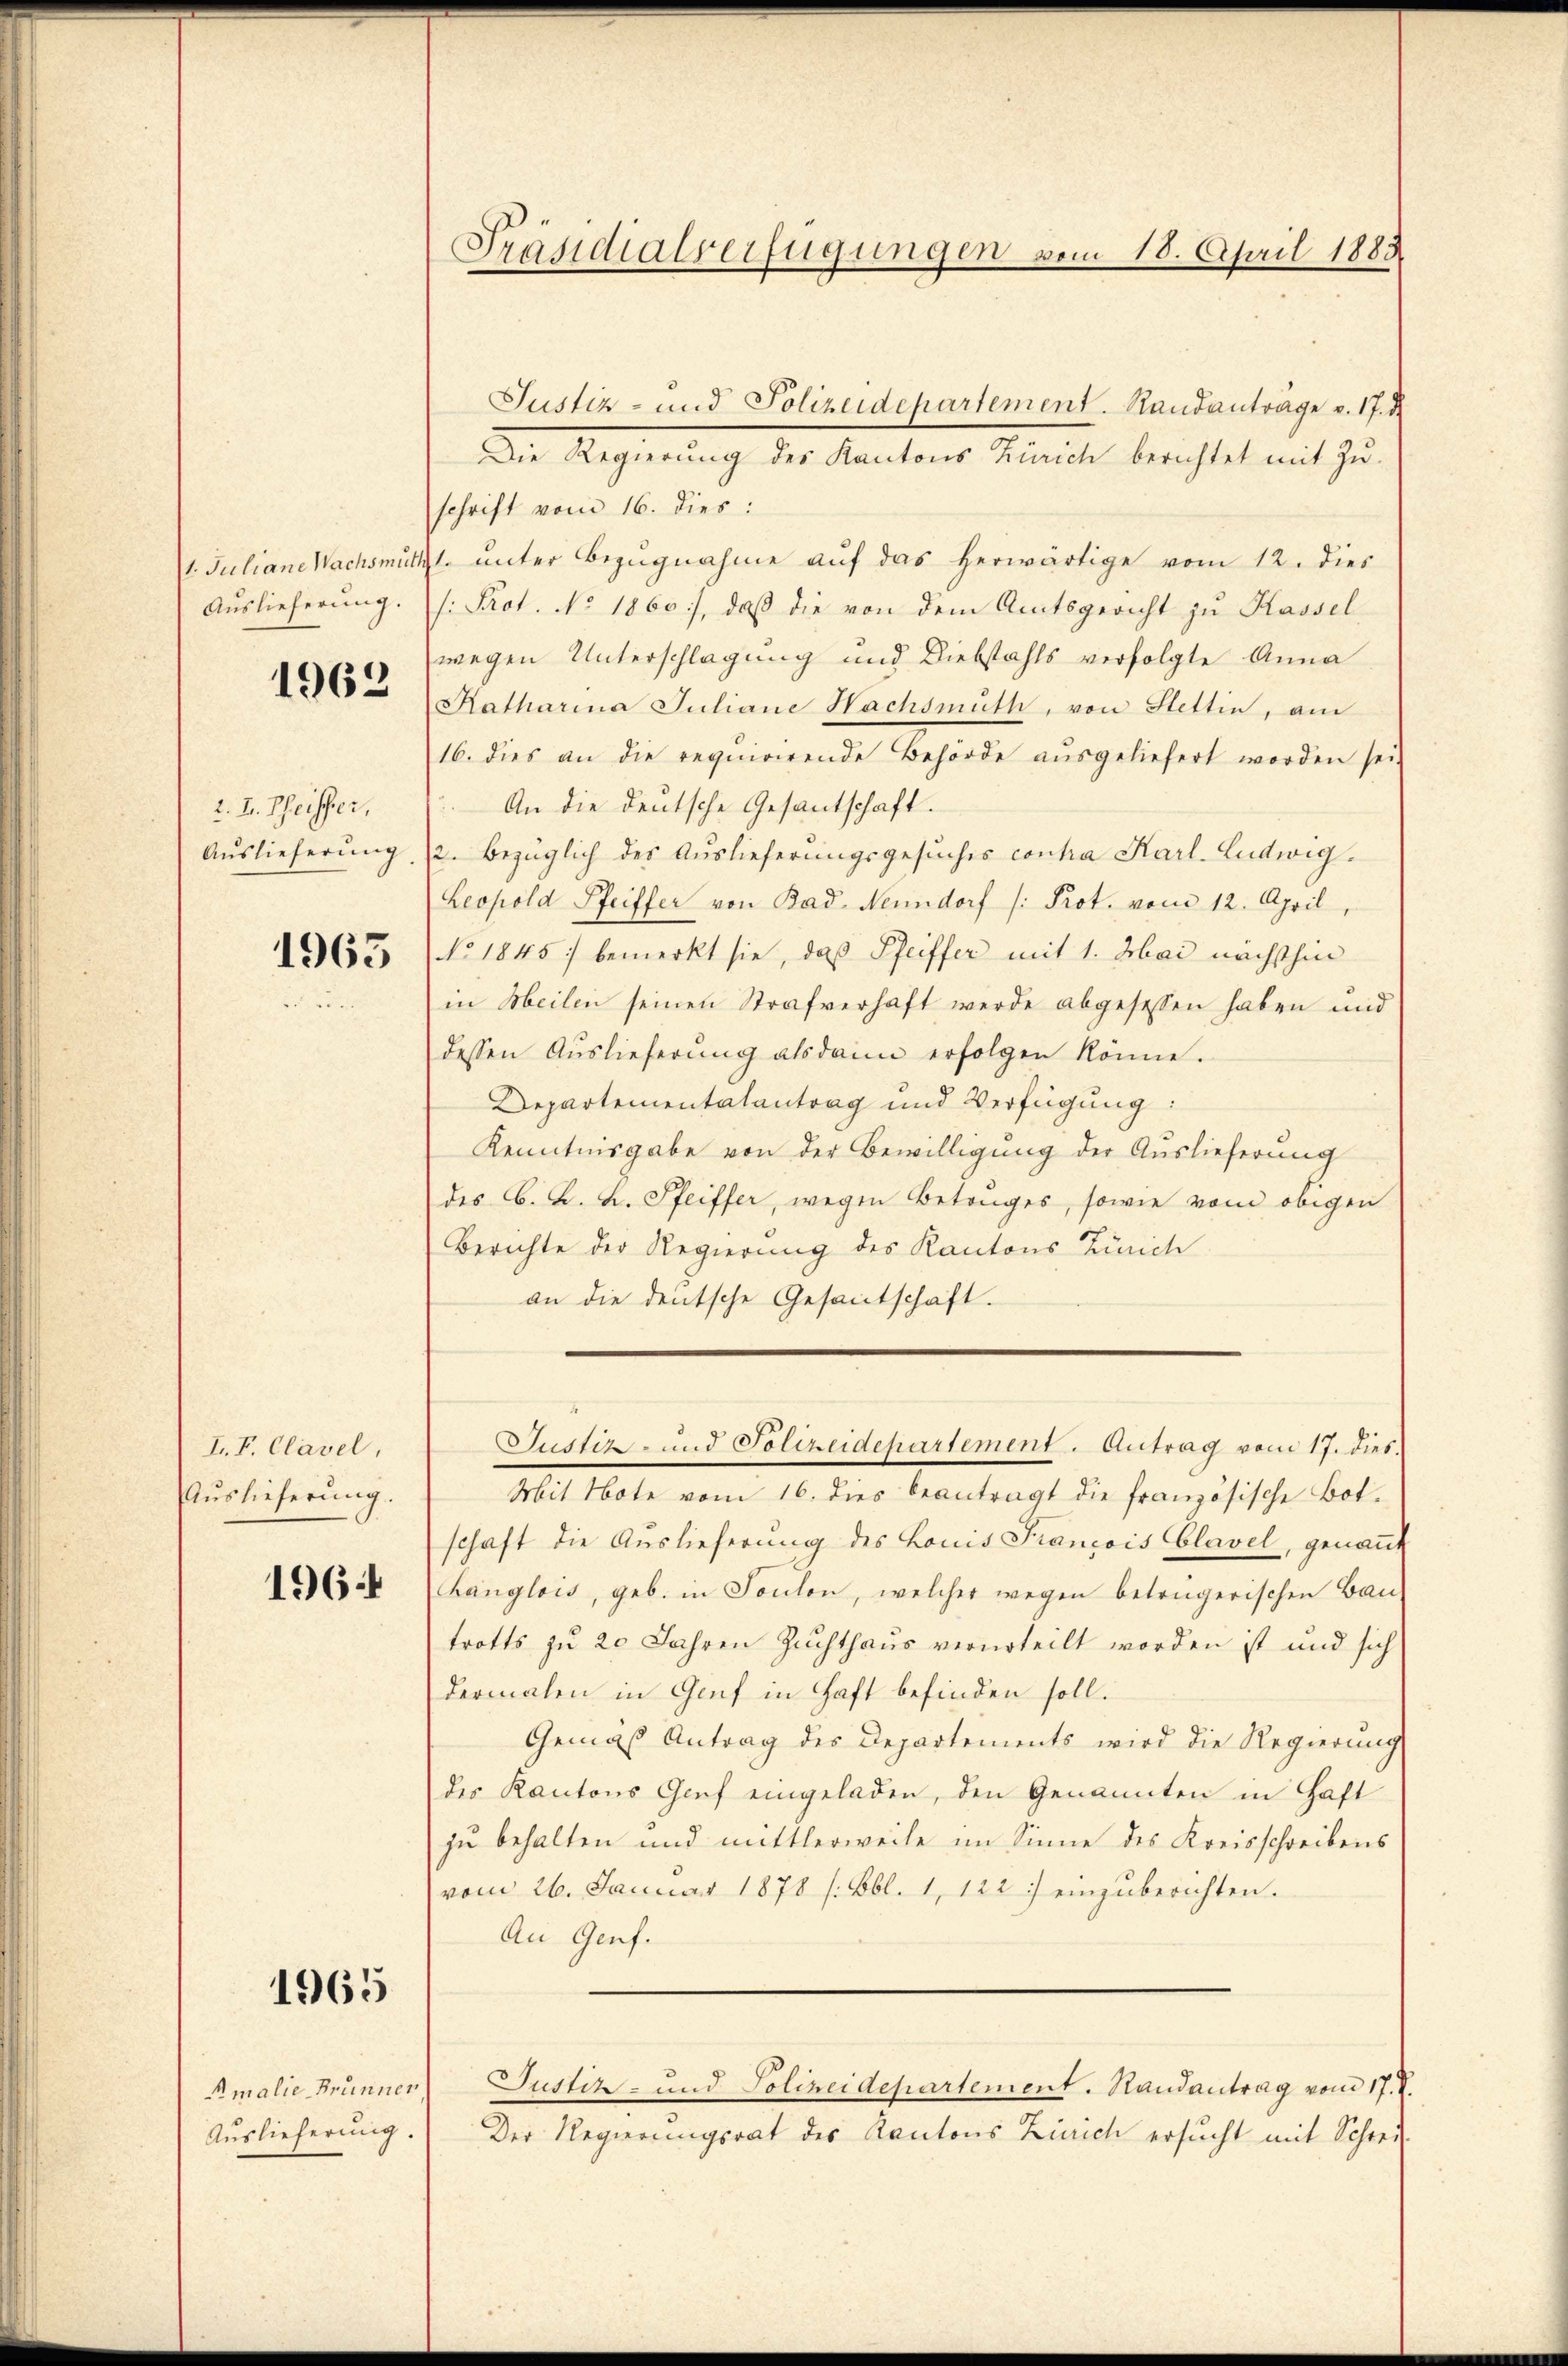
Auslieferung.
1963

2. L. Theisser,
Auslieferung

1965

I. P. Clavel,
Auslieferung.
196:

1965

Auslieferung.

Präsidialverfügungen vom 18. April 1883

Die Regierung des Kantons Zürich berichtet mit Zuschrift vom 16. dies:
1. Juliane Nachsmuth unter Bezugnahme auf das herwärtige vom 12. dies
/: Prot. No. 1860), daß die von dem Amtsgericht zu Kassel
wegen Unterschlagung und Diebstahls verfolgte Anna
Katharina Juliane Nachsmuth, von Stettin, am
16. dies an die requirirende Behörde aŭsgeliefert worden sei.
An die deutsche Gesantschaft.
2. bezüglich des Auslieferungsgesuches contra Karl. Ludwig.
Leopold Pfeiffer von Bad. Nenndorf (: Prot. vom 12. April,
No. 1845 bemerkt sie, daß Pfeiffer mit 1. Mai nächsthin
in Meilen seinen Strafverhaft werde abgesessen haben und
dessen Auslieferŭng alsdann erfolgen könne.
Departementalantrag und Verfügung:
Kenntnisgabe von der Bewilligung der Auslieferung
des C. B. L. Pfeiffer, wegen Betrages, sowie vom obigen
Berichte der Regierung des Kantons Zürich
an die deutsche Gesantschaft.
Justiz- und Polizeidepartement. Antrag vom 17. dies
Mit Note vom 16. dies beantragt die französische Bot-
schaft die Auslieferung des Louis François Clavel, genannt
Kanglois, geb. in Soulon, welcher wegen betrügerischen Bau-
trotts zu 20 Jahren Zuchthaus verurteilt worden ist und sich
dermalen in Genf in Haft befinden soll.
Gemäß Antrag des Departements wird die Regierung
des Kantons Genf eingeladen, den Genannten in Haft
zu behalten und mittlerweile im Sinne des Kreisschreibens
vom 26. Januar 1878 s. Bbl. 1, 122.) einzŭberichten.
An Genf.
Rmalie Brunnen Justiz- und Polizeidepartement. Handantrag vom 17. A.
Der Regierungsrat des Kantons Zürich ersucht mit Schrei¬

Justiz- und Polizeidepartement. Standantrage v. 17. d.